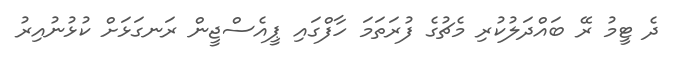
ދެ ޓީމު ރޭ ބައްދަލުކުރި މެޗުގެ ފުރަތަމަ ހާފްގައި ޕީއެސްޖީން ރަނގަޅަށް ކުޅުނުއިރު